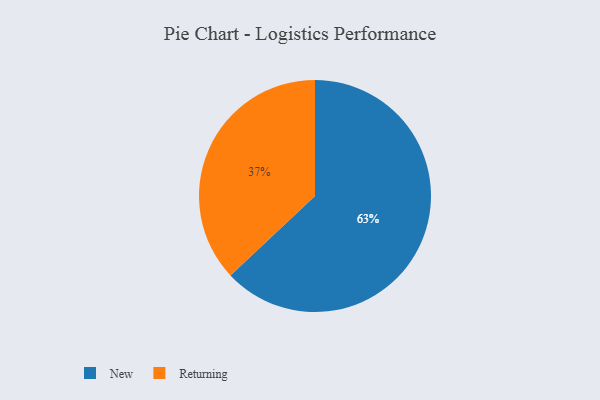
{"axis": {"x": "Category", "y": "Percentage"}, "legend": ["New", "Returning"], "data": [{"x": "Returning", "y": 37, "type": "Returning"}, {"x": "New", "y": 63, "type": "New"}]}